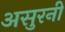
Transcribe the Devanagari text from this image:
असुरनी